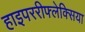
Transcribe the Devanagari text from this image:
हाइपररीफ्लेक्सिया